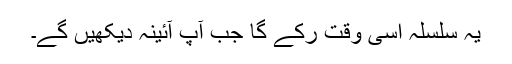
یہ سلسلہ اسی وقت رُکے گا جب آپ آئینہ دیکھیں گے۔